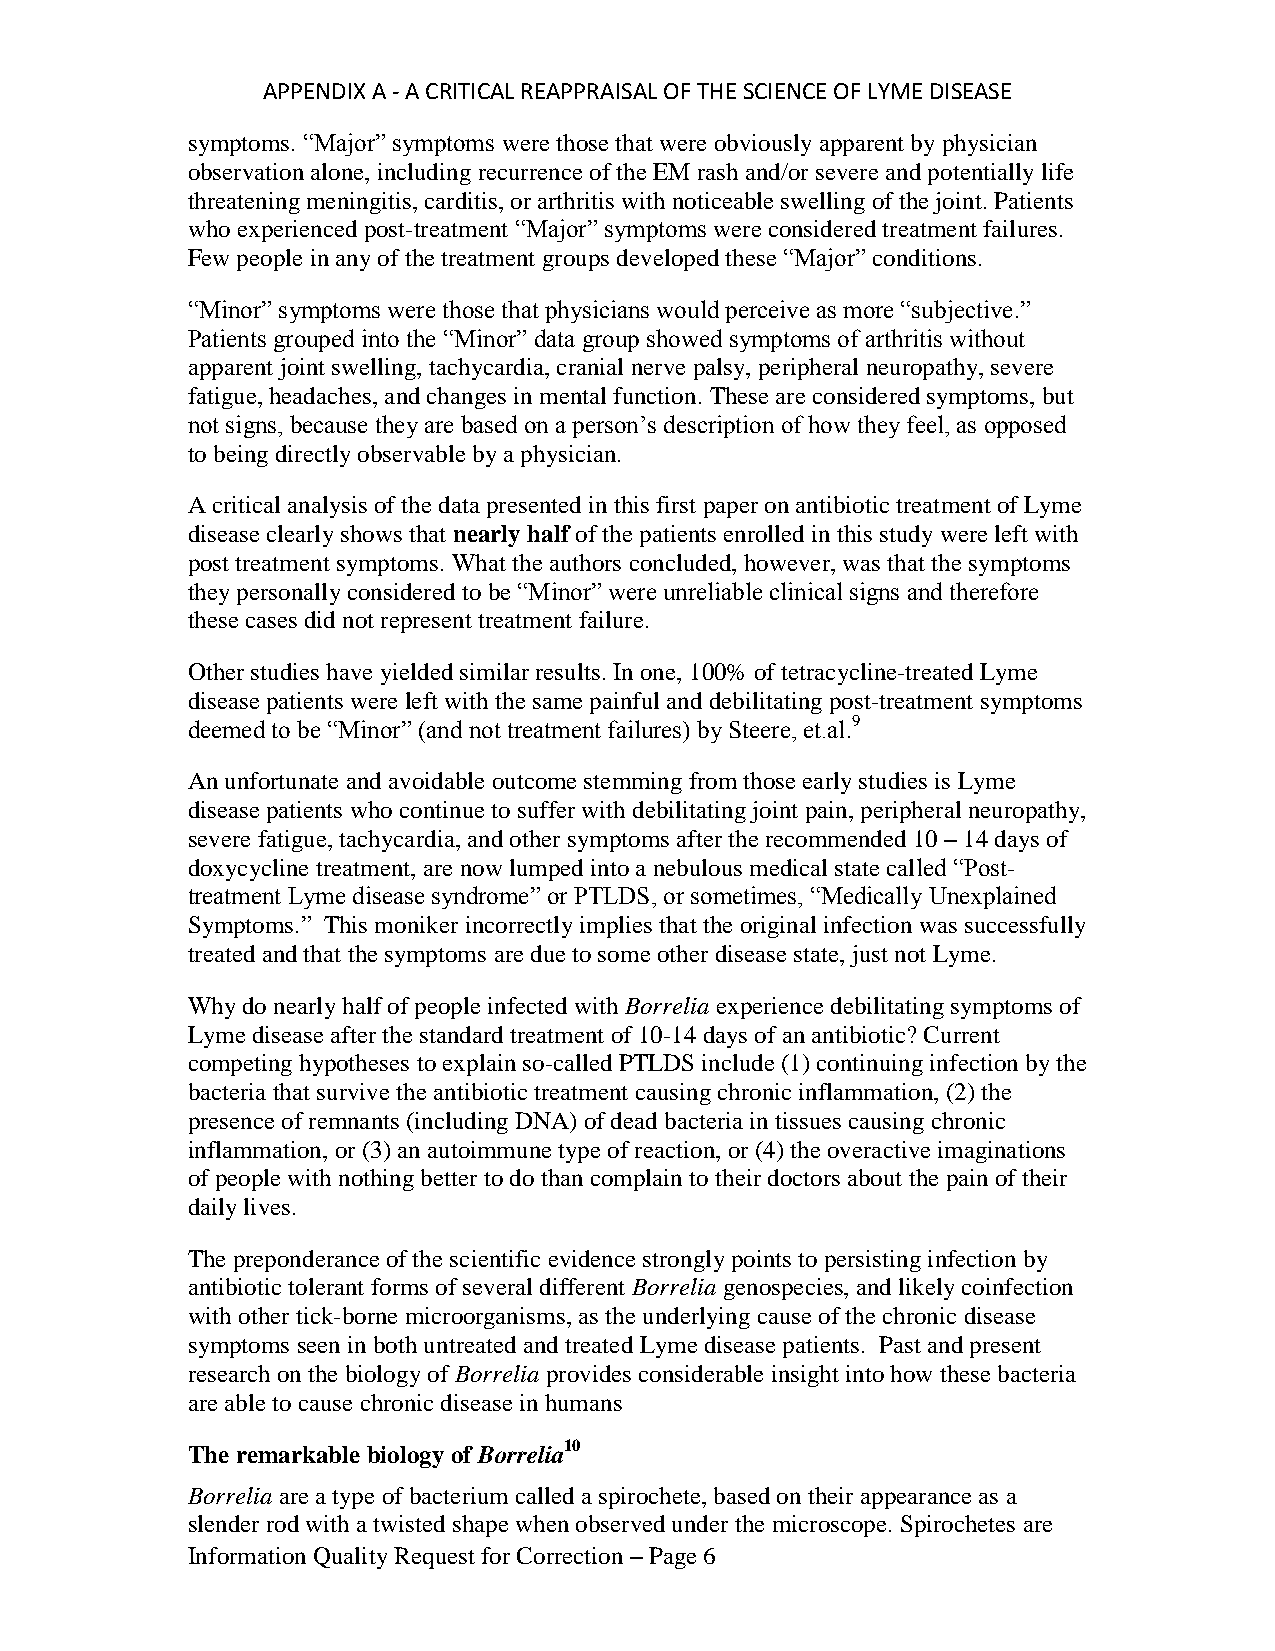
APPENDIX A - A CRITICAL REAPPRAISAL OF THE SCIENCE OF LYME DISEASE
 symptoms. “Major” symptoms were those that were obviously apparent by physician
 observation alone, including recurrence of the EM rash and/or severe and potentially life
 threatening meningitis, carditis, or arthritis with noticeable swelling of the joint. Patients
 who experienced post-treatment “Major” symptoms were considered treatment failures.
 Few people in any of the treatment groups developed these “Major” conditions.
 “Minor” symptoms were those that physicians would perceive as more “subjective.”
 Patients grouped into the “Minor” data group showed symptoms of arthritis without
 apparent joint swelling, tachycardia, cranial nerve palsy, peripheral neuropathy, severe
 fatigue, headaches, and changes in mental function. These are considered symptoms, but
 not signs, because they are based on a person’s description of how they feel, as opposed
 to being directly observable by a physician.
 A critical analysis of the data presented in this first paper on antibiotic treatment of Lyme
 disease clearly shows that nearly half of the patients enrolled in this study were left with
 post treatment symptoms. What the authors concluded, however, was that the symptoms
 they personally considered to be “Minor” were unreliable clinical signs and therefore
 these cases did not represent treatment failure.
 Other studies have yielded similar results. In one, 100% of tetracycline-treated Lyme
 disease patients were left with the same painful and debilitating post-treatment symptoms
 deemed to be “Minor” (and not treatment failures) by Steere, et.al.9
 An unfortunate and avoidable outcome stemming from those early studies is Lyme
 disease patients who continue to suffer with debilitating joint pain, peripheral neuropathy,
 severe fatigue, tachycardia, and other symptoms after the recommended 10 – 14 days of
 doxycycline treatment, are now lumped into a nebulous medical state called “Post-
 treatment Lyme disease syndrome” or PTLDS, or sometimes, “Medically Unexplained
 Symptoms.” This moniker incorrectly implies that the original infection was successfully
 treated and that the symptoms are due to some other disease state, just not Lyme.
 Why do nearly half of people infected with Borrelia experience debilitating symptoms of
 Lyme disease after the standard treatment of 10-14 days of an antibiotic? Current
 competing hypotheses to explain so-called PTLDS include (1) continuing infection by the
 bacteria that survive the antibiotic treatment causing chronic inflammation, (2) the
 presence of remnants (including DNA) of dead bacteria in tissues causing chronic
 inflammation, or (3) an autoimmune type of reaction, or (4) the overactive imaginations
 of people with nothing better to do than complain to their doctors about the pain of their
 daily lives.
 The preponderance of the scientific evidence strongly points to persisting infection by
 antibiotic tolerant forms of several different Borrelia genospecies, and likely coinfection
 with other tick-borne microorganisms, as the underlying cause of the chronic disease
 symptoms seen in both untreated and treated Lyme disease patients. Past and present
 research on the biology of Borrelia provides considerable insight into how these bacteria
 are able to cause chronic disease in humans
 The remarkable biology of Borrelia10
 Borrelia are a type of bacterium called a spirochete, based on their appearance as a
 slender rod with a twisted shape when observed under the microscope. Spirochetes are
 Information Quality Request for Correction – Page 6